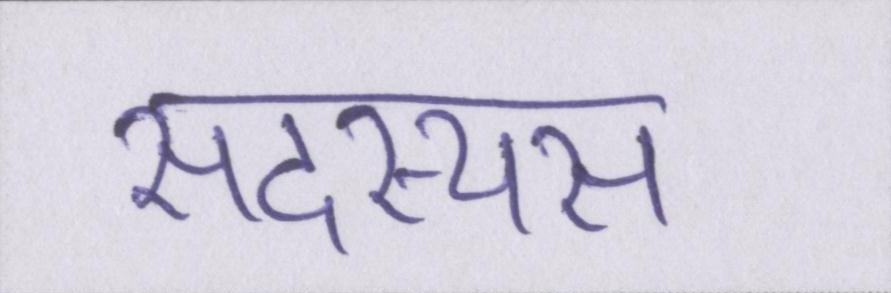
सदस्यस